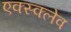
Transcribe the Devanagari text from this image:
एक्स्क्लेव